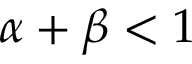
\alpha + \beta < 1